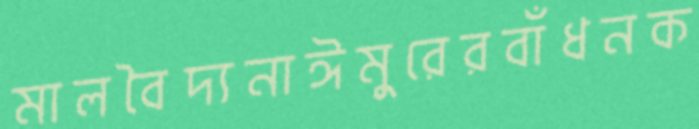
মালবৈদ্যনাঈমুরেরবাঁধনক